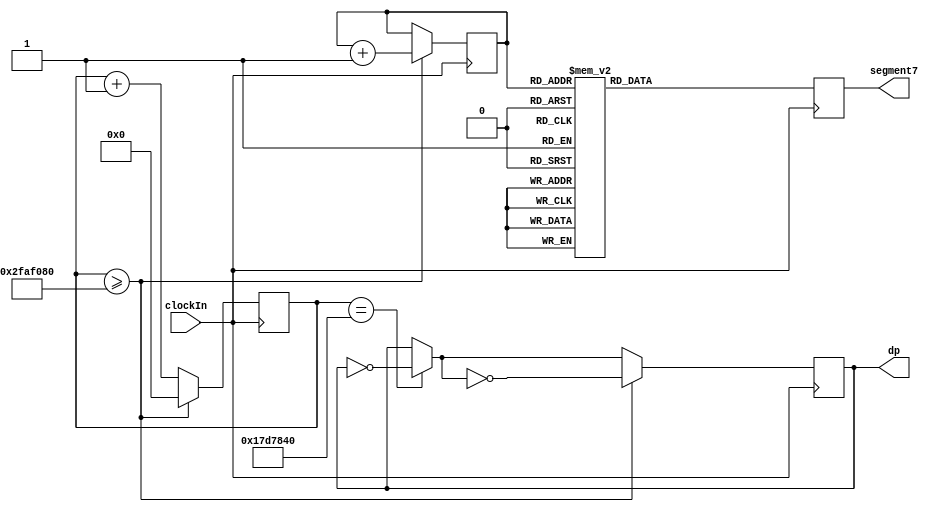
module  T35seg7_top (
    clockIn,                // 50MHz input from onboard oscillator
//  n_reset,                // Uncomment to have an external reset    
    dp,                     // 7 segment display decimal point
    segment7);              // 7 segment display, main LEDs

    input   clockIn;
//  input   n_reset;        // Uncomment to have an external reset
    output  reg dp;
    output  reg [6:0] segment7;

reg [25:0]  counter;        // 26-bit counter for one second count
reg [3:0]   digit;          // 4-bit counter for 7 seg 0-F display

wire n_reset;               // Comment this line out to have an external reset
assign n_reset = 1'b1;      // Comment this line out to have an external reset

always @(posedge clockIn)
    begin
        if(n_reset == 0) begin              // if reset set low...
            digit <= 4'b0000;               // reset digit to 0
            counter <= 25'b0;               // reset counter to 0
            end                             // end of resetting everything
        else
        begin
            counter <= counter + 1;         // increment counter
            if(counter == 25000000) begin   // decimal point 1/2 second on/off
                dp = !dp;                   // turn off decimal point
                end                         // end of decimap point test
            if(counter >= 50000000) begin   // counter is at 1 second
                digit <= digit + 1;         // increment to next digit
                dp = !dp;                   // turn decimal point back on
                counter <= 25'b0;           // finally, reset counter
            end                             // end of one second test
        end
        case(digit)
            4'h0: segment7 = 7'b1000000;    // display 0
            4'h1: segment7 = 7'b1111001;    // display 1
            4'h2: segment7 = 7'b0100100;    // display 2
            4'h3: segment7 = 7'b0110000;    // display 3
            4'h4: segment7 = 7'b0011001;    // display 4
            4'h5: segment7 = 7'b0010010;    // display 5
            4'h6: segment7 = 7'b0000010;    // display 6
            4'h7: segment7 = 7'b1111000;    // display 7
            4'h8: segment7 = 7'b0000000;    // display 8
            4'h9: segment7 = 7'b0010000;    // display 9
            4'ha: segment7 = 7'b0001000;    // display A
            4'hb: segment7 = 7'b0000011;    // display B
            4'hc: segment7 = 7'b1000110;    // display C
            4'hd: segment7 = 7'b0100001;    // display D
            4'he: segment7 = 7'b0000110;    // display E
            default: segment7 = 7'b0001110; // otherwise display F
        endcase
    end
endmodule